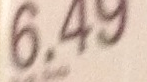
6.49